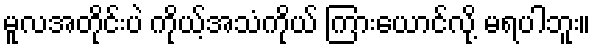
မူလအတိုင်းပဲ ကိုယ့်အသံကိုယ် ကြားယောင်လို့ မရပါဘူး။